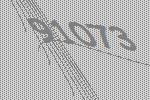
91073